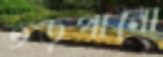
তড়পানো